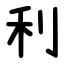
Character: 利